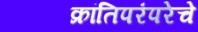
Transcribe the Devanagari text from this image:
क्रांतिपरंपरेचे